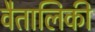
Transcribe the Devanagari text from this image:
वैतालिकी